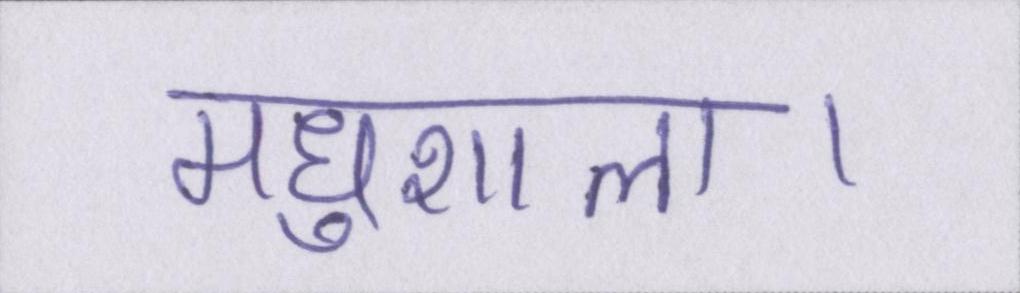
मधुशाला।